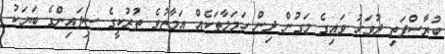
ބުރާސްފަތި ދުވަހު ވައިގެ މަގުން ދިން ހަމަލާތަކެއް އަމާޒުވެ ތުރުކީގެ ސިފައިންގެ ބަޔަކު